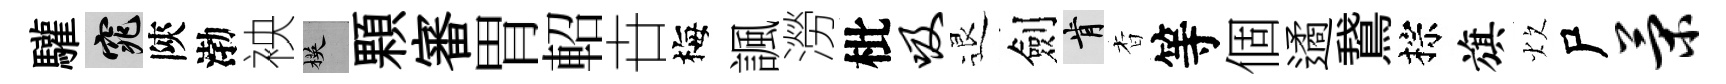
驩窕陝渤䘧楧顆審胃軺卋梅諷澇枇吸退劍肯杳等個遹鵞棕旗炊尸策